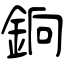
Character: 銄